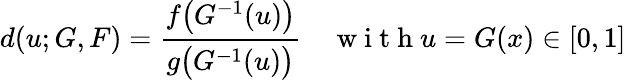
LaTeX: d(u;G,F)=\frac{f\bigl(G^{-1}(u)\bigl)}{g\bigl(G^{-1}(u)\bigl)}\quad\mathrm{~w~i~t~h~}u=G(x)\in[0,1]